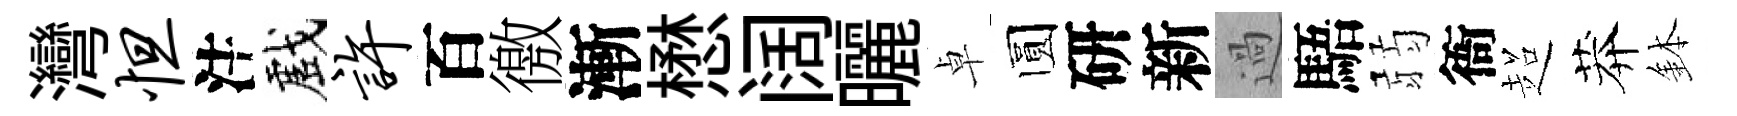
灣怛注戲许百徼漸懋阔曬卓圆研新過䮏弱衙超莽鉢